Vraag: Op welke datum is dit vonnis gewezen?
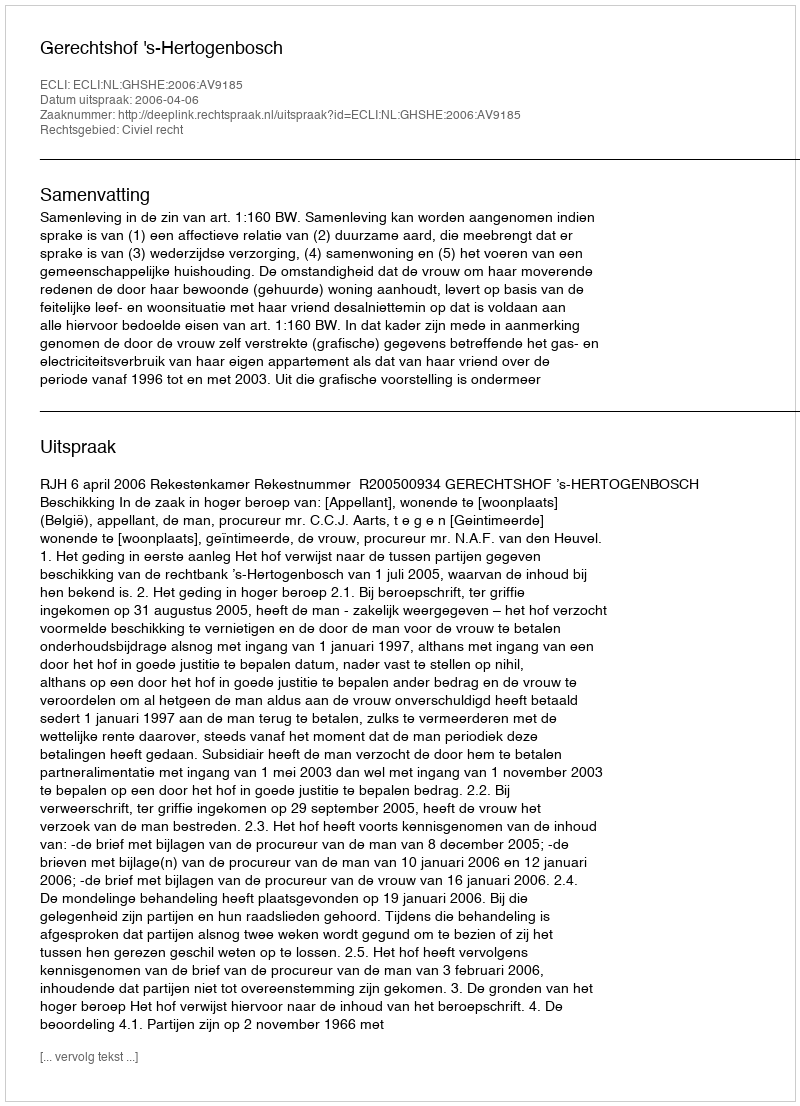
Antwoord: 2006-04-06